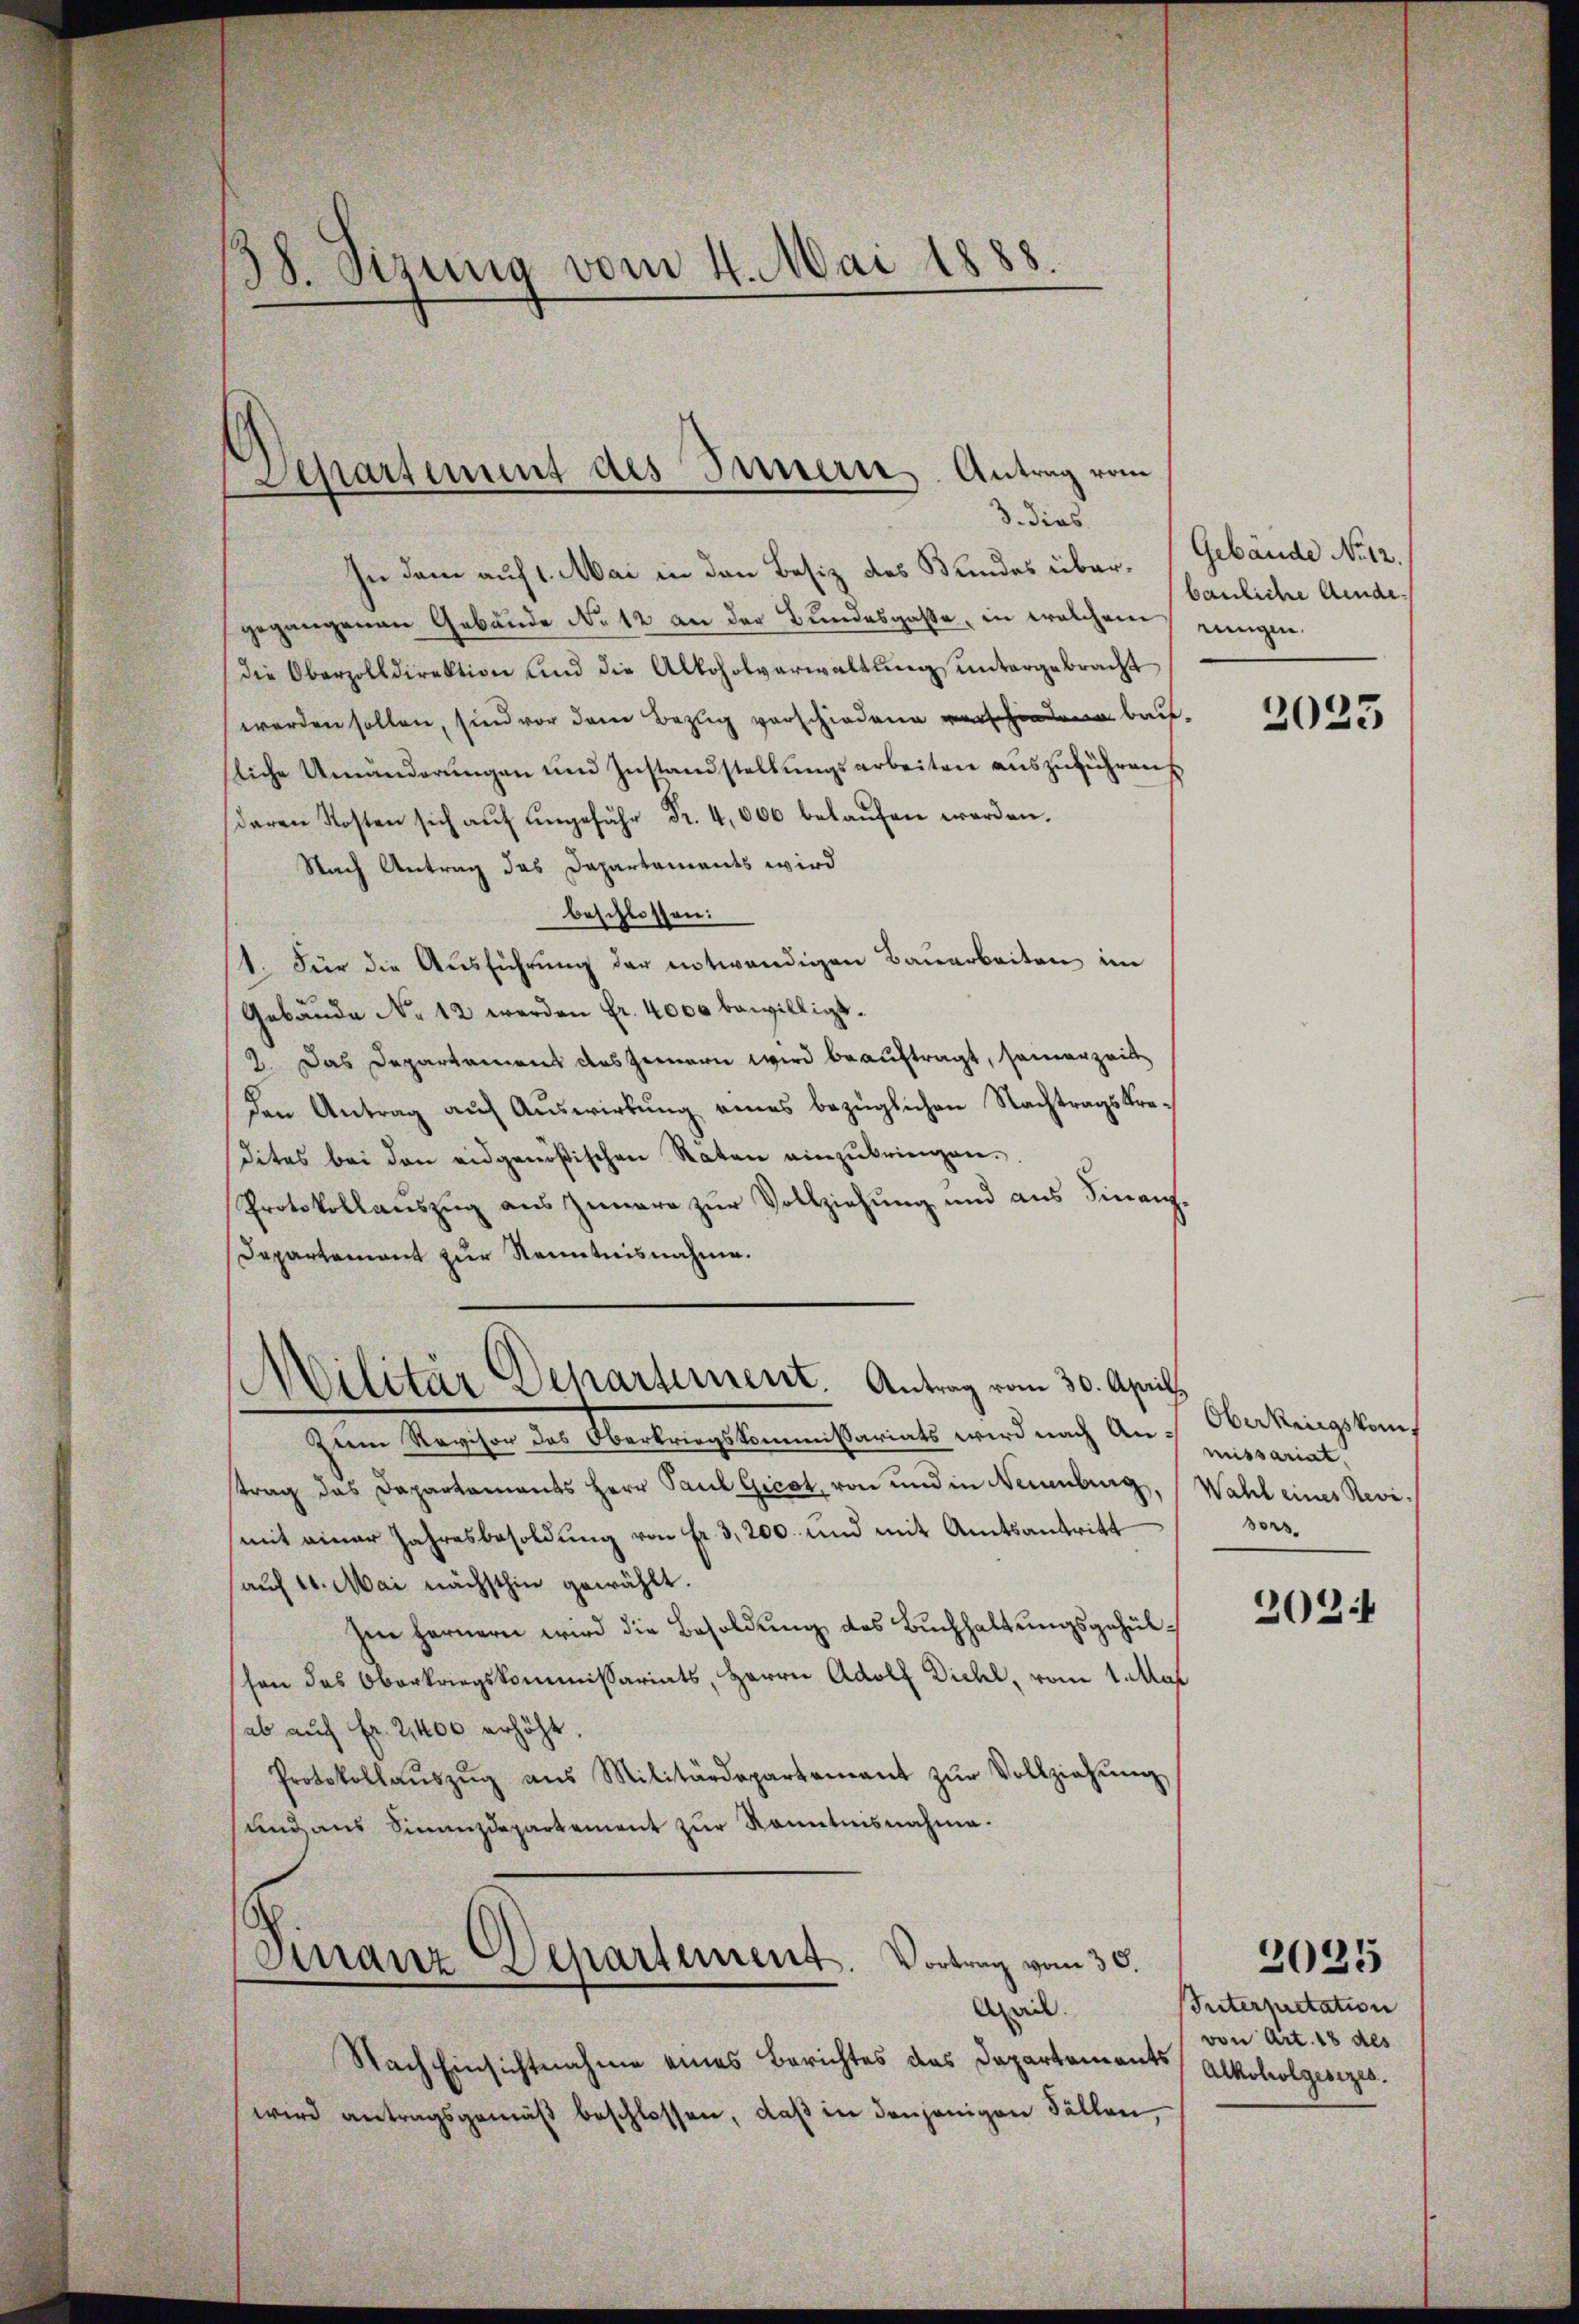
—
38. Sizung vom 4. Mai 1888

Departement des Innern. Antrag vom
3. dies

In dem auf 1. Mai in den Besiz des Bundes über. (Gebäude No 12.
gegangenen Gebäude No. 12 an der Bundesgasse, in welchem einigen
die Oberzolldirektion und die Alkoholverwaltŭng ŭntergebracht
werden sollen, sind vor dem Bezug verschiedene verschenden bei
sliche Umänderŭngen und Instandstellŭngsarbeiten aŭszŭführen
daren Kosten sich aŭf ŭngefähr Fr. 4,000 belaŭfen werden.
Nach Antrag das Dapartaments wird
beschlossen:
4. Für die Aŭsführŭng der notwendigen Bauarbeiten im
Gebäude No 12 werden Fr. 4000 bewilligt.
2. Das Departamens des Genern wird beauftragt, seinerzeit
den Antrag auf Auswirkung eines bezüglichen Nachtragskredites bei den eidgenößischen Räten einzŭbringen.
Protokollauszug aus Zunara zur Vollziehung und aus Finanz¬
Departement zur Kenntnisnahme.

Cilitär Departement. Antrag vom 30. April.

Zum Revisor des Oberkriegskommissariats wird nach An-Oberkingskomtrag das Dapartaments Herr Paul Gicot, von und in Neuenburg, Wahl eines Revimit einer Jahresbesoldung von fr. 3,200. und mit Amtsantritt
auf 10. Mai nächsthin gewählt.
Im fernern wird die Besoldung des Buchhaltungsgehülsen das Oberkriegskommissariats, Herrn Adolf Dichl, vom 1. Mai
ab auf Fr. 2400 erhöht.
Protokollaŭszŭg aŭs Militärdepartement zŭr Vollziehŭng
sund aus Finanzdepartement zur Kenntnisnahme.

Finanz-Departement. Vortrag vom 30.
April.

bauliche Aende¬

Nach Einsichtnahme eines Berichtes das Departements Alkoholgesezes.
wird antragsgemäß beschlossen, daß in denjenigen Fällen,

2023

missariat
ors

202

Interpretation
von Art. 18 des

2025